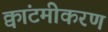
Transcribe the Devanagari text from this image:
क्वांटमीकरण